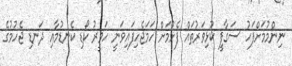
ނިންމުމަށްފަހު ސަގާފީ ކުޅިވަރުތައް ފެށުމަށް ހަމަޖެހިފައިވަނީ ހަވީރު ކޯޑި ކެނޑުމާއި ދަނޑި ޖެހުމުގެ